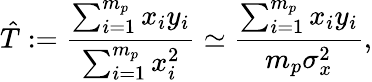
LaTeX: \hat{T}:=\frac{\sum_{i=1}^{m_{p}}x_{i}y_{i}}{\sum_{i=1}^{m_{p}}x_{i}^{2}}\simeq\frac{\sum_{i=1}^{m_{p}}x_{i}y_{i}}{m_{p}\sigma_{x}^{2}},